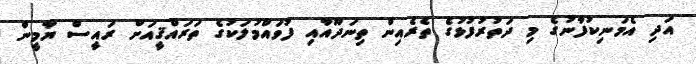
އަދި އެމަނިކުފާނުގެ މި ދަތުރުފުޅުގެ ތެރެއިން ތިނަދޫއާއި ފުވައްމުލަކުގެ ތަރައްޤީއަށް ރައީސް ޔާމީން